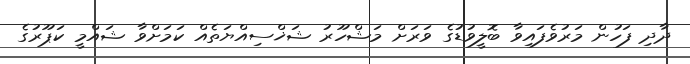
ދާދި ފަހުން މަރުވެފައިވާ ބޮލީވުޑުގެ ވަރަށް މަޝްހޫރު ޝަޚްސިއްޔަތެއް ކަމަށްވާ ޝައްމީ ކަޕޫރުގެ